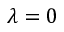
\lambda = 0